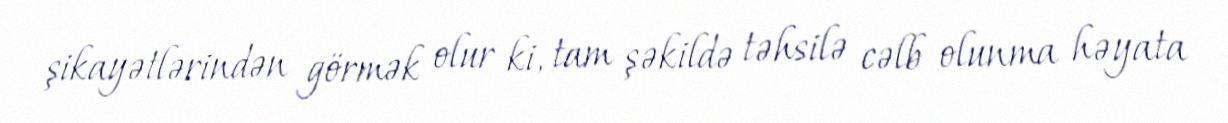
şikayətlərindən görmək olur ki, tam şəkildə təhsilə cəlb olunma həyata